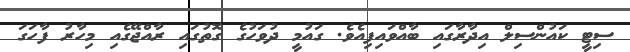
ސިޓީ ކައުންސިލް އިދާރާގައި ބާއްވައިފިއެވެ. ގައުމީ ދުވަހުގެ ގޮތުގައި ރާއްޖޭގެއި މިހާރު ފާހަގަ